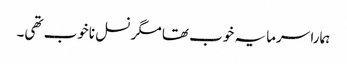
ہمارا سرمایہ خوب تھا مگر نسل ناخوب تھی۔